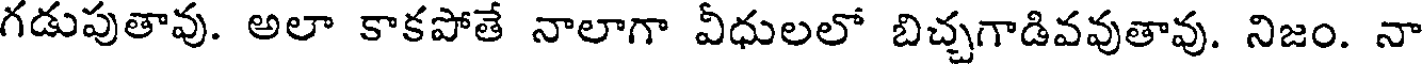
గడుపుతావు. అలా కాకపోతే నాలాగా వీధులలో బిచ్చగాడివవుతావు. నిజం. నా